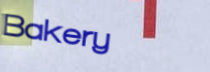
Bakery